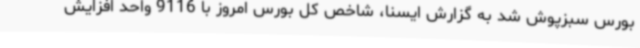
بورس سبزپوش شد به گزارش ایسنا، شاخص کل بورس امروز با 9116 واحد افزایش